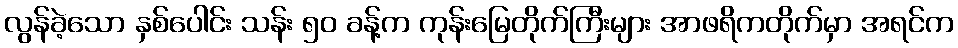
လွန်ခဲ့သော နှစ်ပေါင်း သန်း ၅၀ ခန့်က ကုန်းမြေတိုက်ကြီးများ အာဖရိကတိုက်မှာ အရင်က